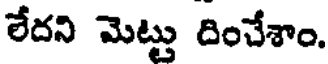
లేదని మెట్టు దించేశాం.